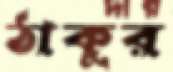
ঠাকুর